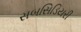
સબસિડિયરી